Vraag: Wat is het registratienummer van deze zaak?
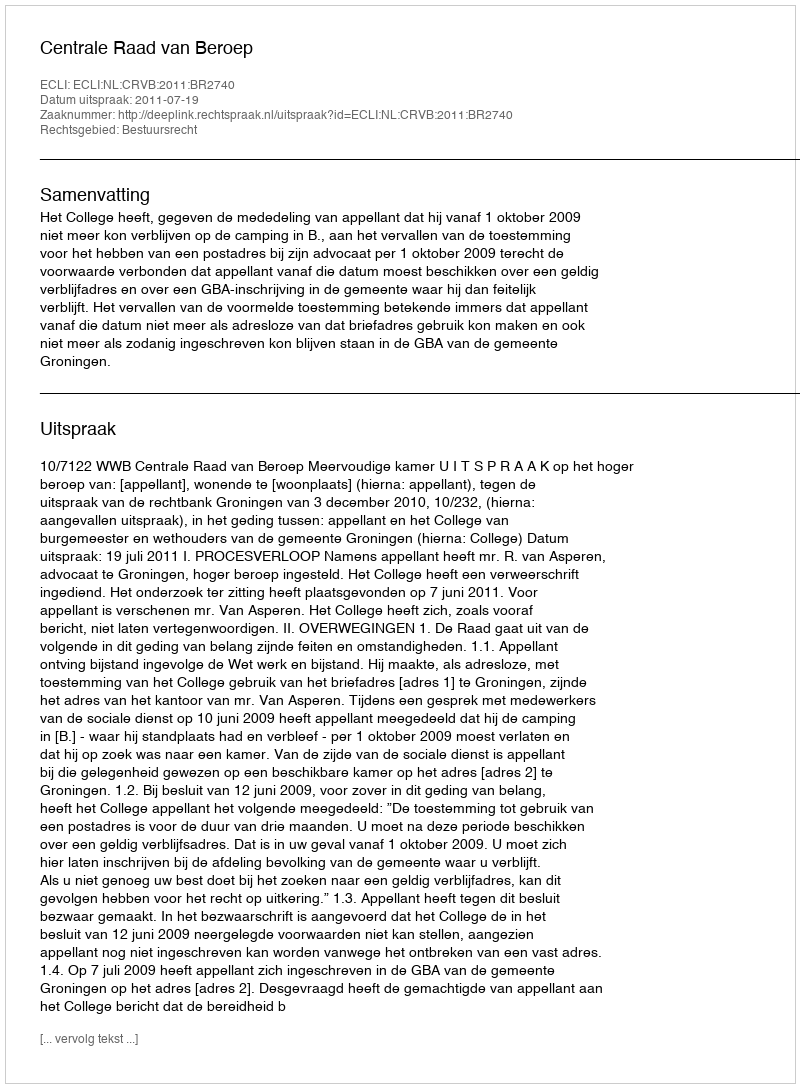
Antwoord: http://deeplink.rechtspraak.nl/uitspraak?id=ECLI:NL:CRVB:2011:BR2740